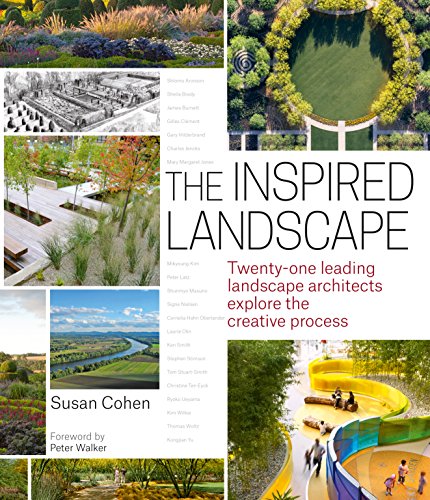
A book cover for The Inspired Landscape: Twenty-One Leading Landscape Architects Explore the Creative Process; Susan Cohen; Crafts, Hobbies & Home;